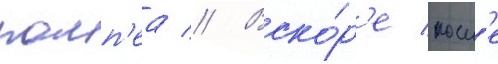
помп'еа // Вско́р'е посл'е